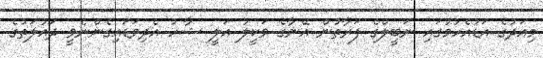
މިއަދުގެ އަޑުއެހުމުގައި ނަބީލްގެ ފަރާތުން އޭނާގެ ވަކީލު އަލީ ޝާހު އެދިވަޑައިގެންނެވީ ދައުލަތުގެ